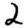
Digit: 2